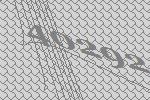
40292